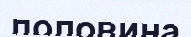
половина